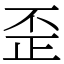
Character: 歪